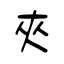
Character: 夾